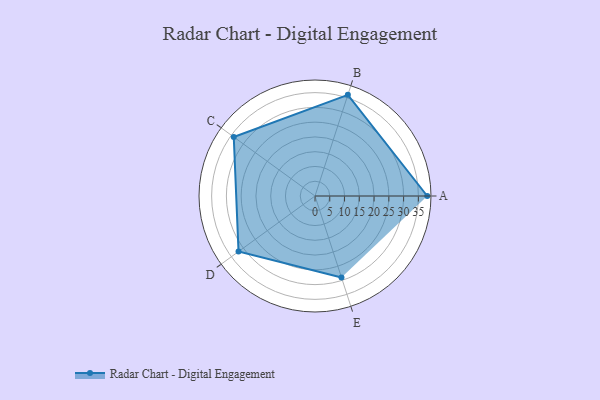
{"axis": {"x": "Skill", "y": "Score"}, "legend": ["Profile"], "data": [{"x": "A", "y": 38.0, "type": "Profile"}, {"x": "B", "y": 36.0, "type": "Profile"}, {"x": "C", "y": 34.0, "type": "Profile"}, {"x": "D", "y": 32.0, "type": "Profile"}, {"x": "E", "y": 29.0, "type": "Profile"}]}